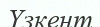
Үзкент